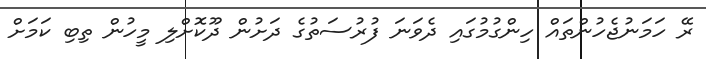
ރޭ ހަމަނުޖެހުންތައް ހިންގުމުގައި ދެވަނަ ފުރުސަތުގެ ދަށުން ދޫކޮށްލި މީހުން ތިބި ކަމަށް